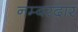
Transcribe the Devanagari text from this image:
नम्बरदार